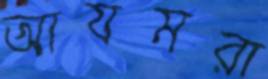
আযমরা